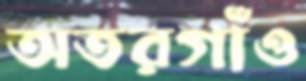
অতরগাঁও